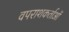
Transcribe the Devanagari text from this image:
वपराशकर्ताओं